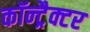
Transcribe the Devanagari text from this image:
कॉन्ट्रैक्टर